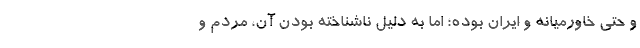
و حتی خاورمیانه و ایران بوده؛ اما به دلیل ناشناخته بودن آن، مردم و